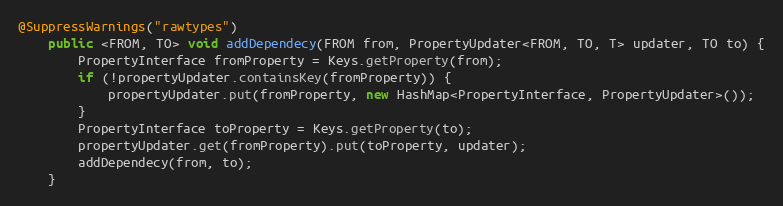
Language: Java
@SuppressWarnings("rawtypes")
	public <FROM, TO> void addDependecy(FROM from, PropertyUpdater<FROM, TO, T> updater, TO to) {
		PropertyInterface fromProperty = Keys.getProperty(from);
		if (!propertyUpdater.containsKey(fromProperty)) {
			propertyUpdater.put(fromProperty, new HashMap<PropertyInterface, PropertyUpdater>());
		}
		PropertyInterface toProperty = Keys.getProperty(to);
		propertyUpdater.get(fromProperty).put(toProperty, updater);
		addDependecy(from, to);
	}